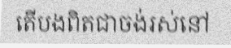
តើបងពិតជាចង់រស់នៅ